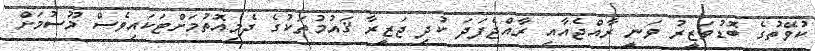
ކުވޭތުގެ ބޮޑުވަޒީރު ވަނީ ރާއްޖެއާއި ރާއްޖެފަދަ ކުދި ޖަޒީރާ ޤައުމުތަކުގެ ދެމިއޮތުމަށްޓަކައިވެސް މޫސުމަށް